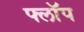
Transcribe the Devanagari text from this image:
फ्लाॅप